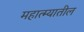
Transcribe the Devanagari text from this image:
महात्म्यातील